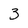
Character: 3